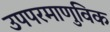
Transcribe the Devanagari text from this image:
उपपरमाणुविक